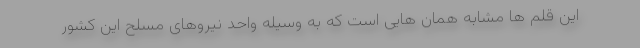
این قلم ها مشابه همان هایی است که به وسیله واحد نیروهای مسلح این کشور